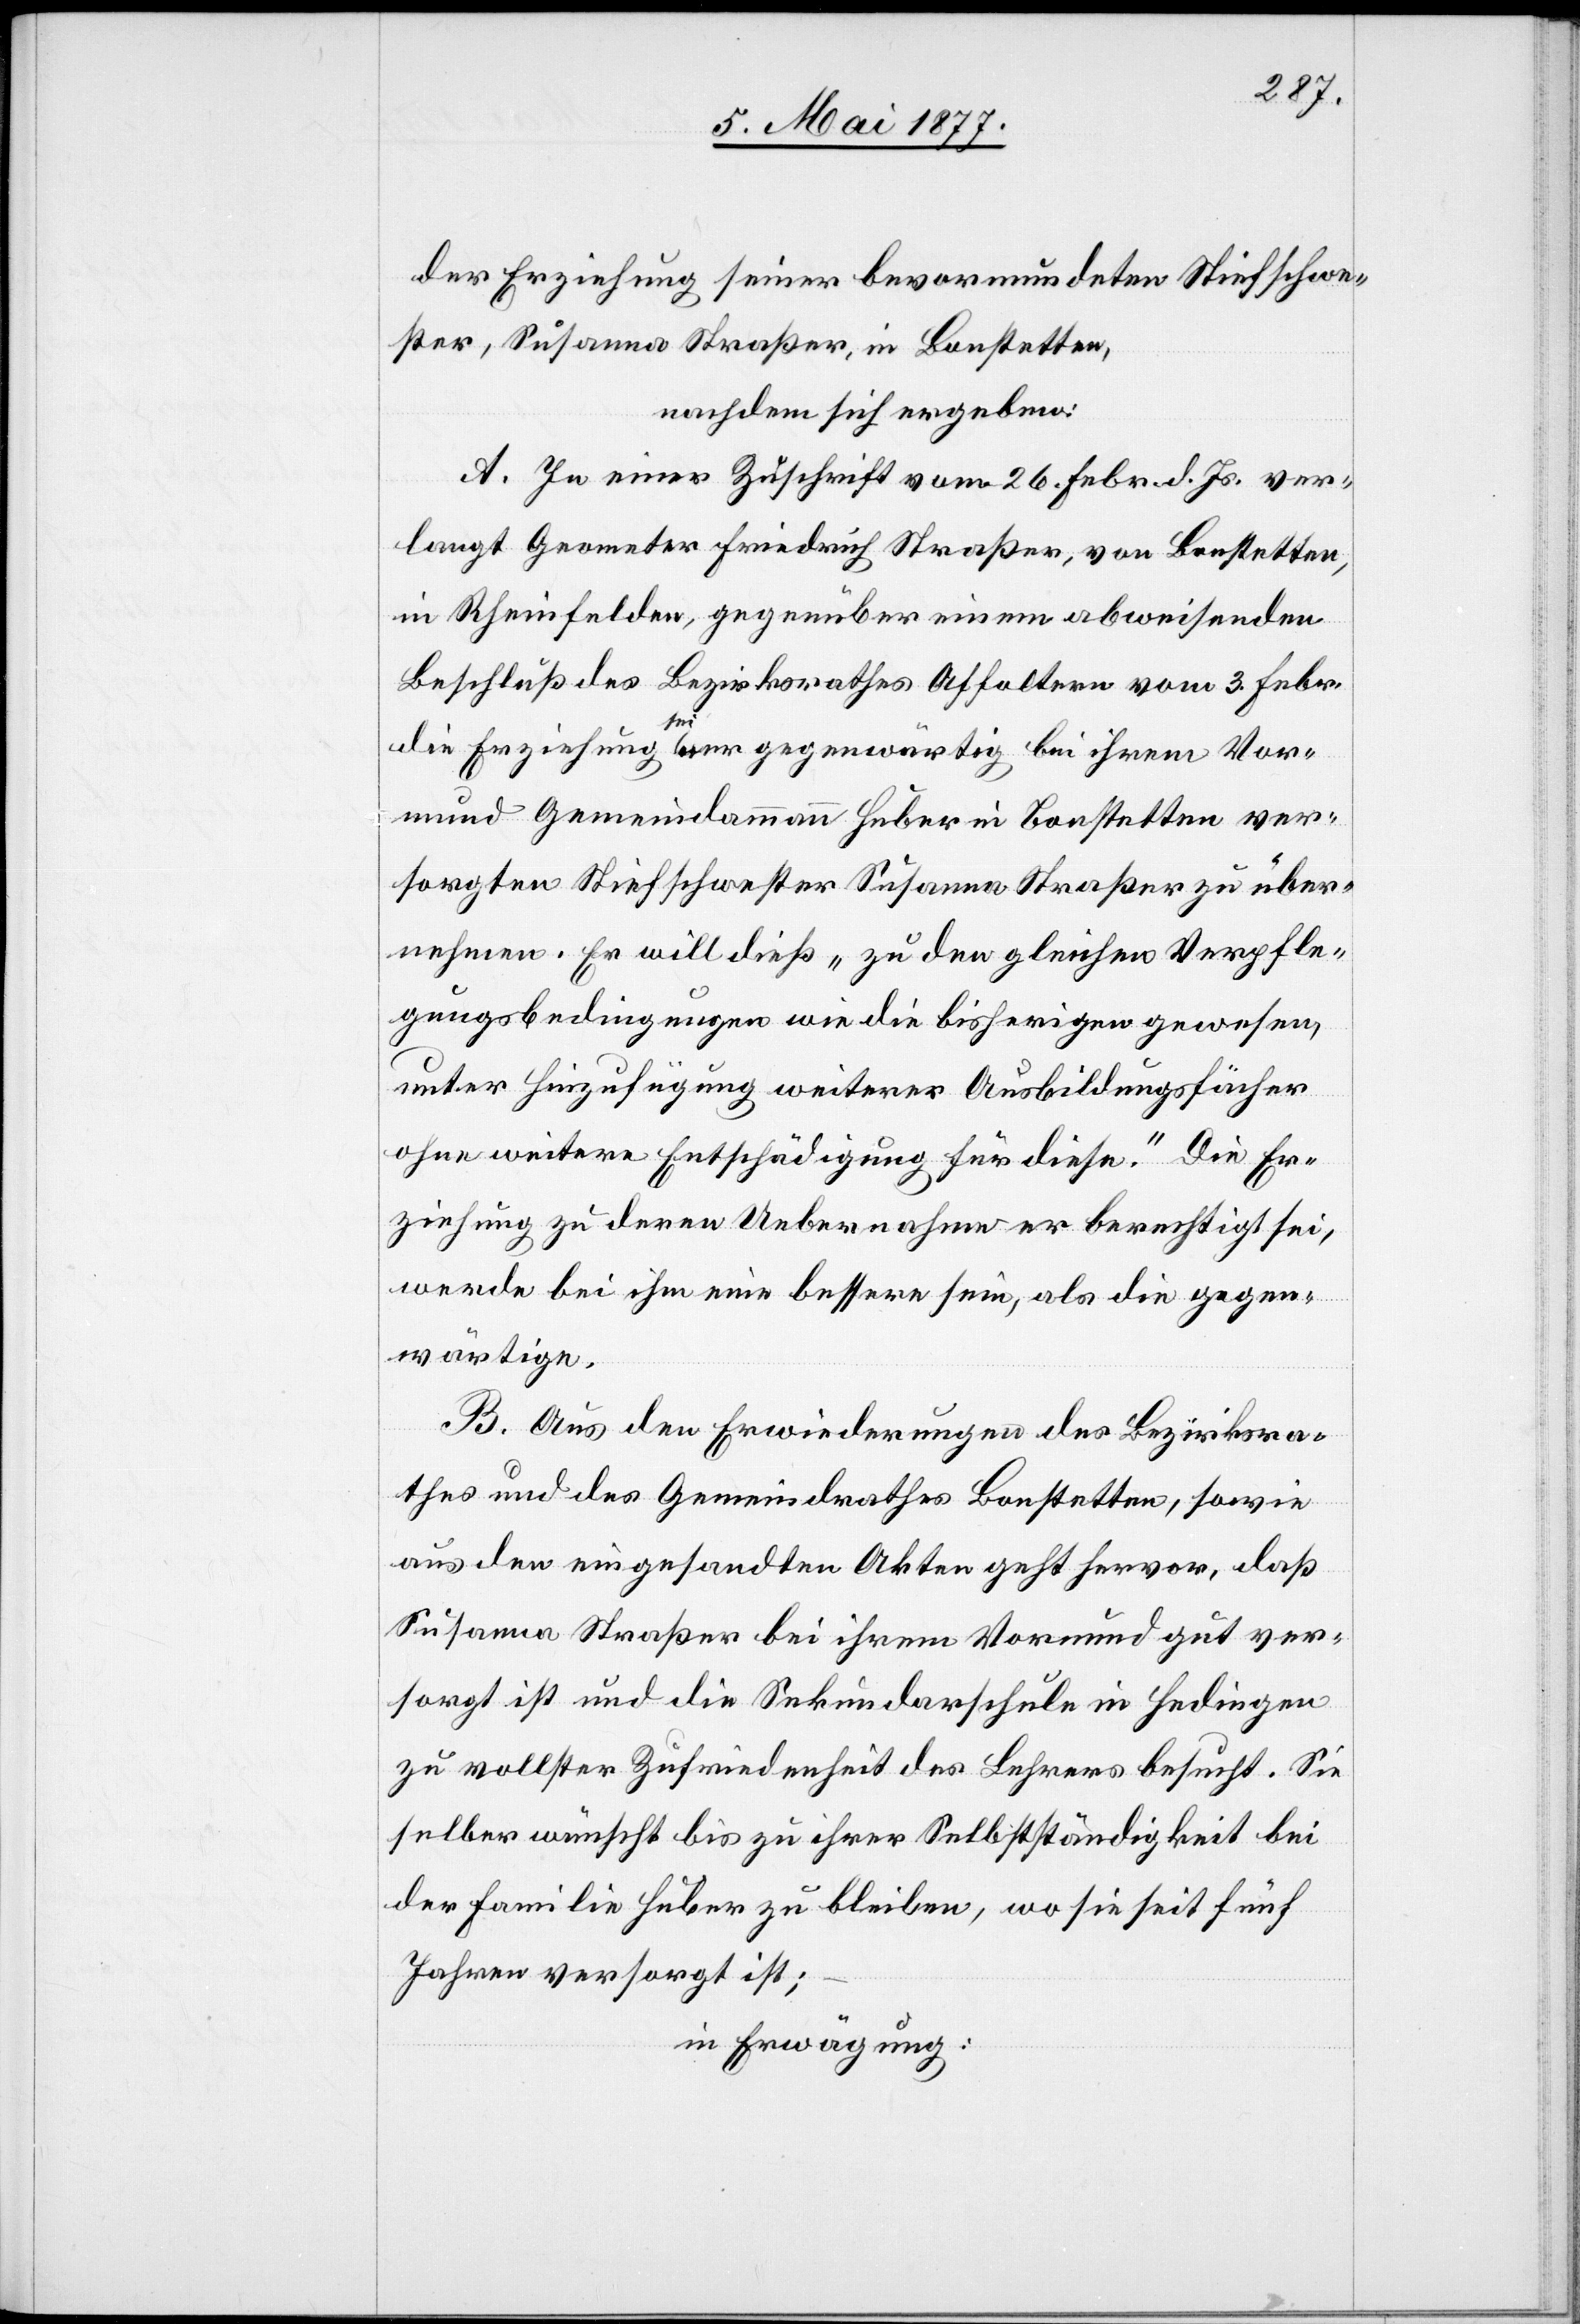
der Erziehung seiner bevormundeten Stiefschwe¬
ster, Susanna Straßer, in Bonstetten,
nachdem sich ergeben:
A. In einer Zuschrift vom 26. Febr. d. Js. ver¬
langt Geometer Friedrich Straßer, von Bonstetten,
in Rheinfelden, gegenüber einem abweisenden
Beschluß des Bezirksrathes Affoltern vom 3. Febr.
die Erziehung seiner gegenwärtig bei ihrem Vor¬
mund Gemeindammann Huber in Bonstetten ver¬
sorgten Stiefschwester Susanna Straßer zu über¬
nehmen. Er will dieß „zu den gleichen Verpfle¬
gungsbedingungen wie die bisherigen gewesen,
unter Hinzufügung weiterer Ausbildungsfächer
ohne weitere Entschädigung für diese.“ Die Er¬
ziehung zu deren Uebernahme er berechtigt sei,
werde bei ihm eine bessere sein, als die gegen¬
wärtige.
B. Aus den Erwiederungen des Bezirksra¬
thes und des Gemeindrathes Bonstetten, sowie
aus den eingesandten Akten geht hervor, daß
Susanna Straßer bei ihrem Vormund gut ver¬
sorgt ist und die Sekundarschule in Hedingen
zu vollster Zufriedenheit des Lehrers besucht. Sie
selber wünscht bis zu ihrer Selbstständigkeit bei
der Familie Huber zu bleiben, wo sie seit fünf
Jahren versorgt ist;
in Erwägung: